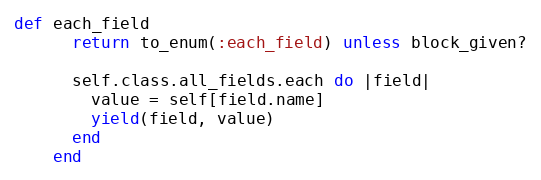
Language: Ruby
def each_field
      return to_enum(:each_field) unless block_given?

      self.class.all_fields.each do |field|
        value = self[field.name]
        yield(field, value)
      end
    end